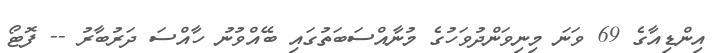
އިންޑިއާގެ 69 ވަނަ މިނިވަންދުވަހުގެ މުނާއްސަބަތުގައި ބޭއްވުނު ހާއްސަ ދަރުބާރު -- ފޮޓޯ